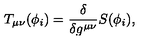
T _ { \mu \nu } ( \phi _ { i } ) = \frac { \delta } { \delta g ^ { \mu \nu } } S ( \phi _ { i } ) ,